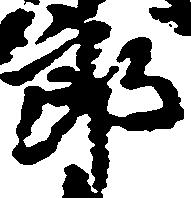
郎